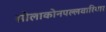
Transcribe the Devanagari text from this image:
सोलाकोनपल्लवारियार